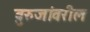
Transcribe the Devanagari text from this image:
बुरुजांवरील